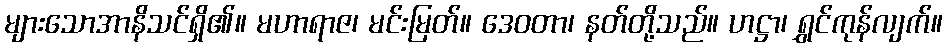
များသောအာနိသင်ရှိ၏။ မဟာရာဇ၊ မင်းမြတ်။ ဒေဝတာ၊ နတ်တို့သည်။ ဟဋ္ဌာ၊ ရွှင်ကုန်လျက်။